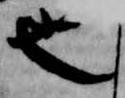
也